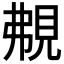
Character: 𧠤